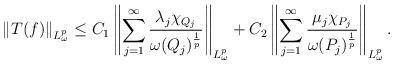
LaTeX: \begin{align*}\left \| T(f) \right \|_{L_{\omega}^{p}}\leq C_{1}\left \|\sum\limits_{j=1}^{\infty}\frac{\lambda_j \chi_{Q_j}}{\omega(Q_j)^{\frac{1}{p}}}\right \|_{L_{\omega}^{p}}+C_{2}\left \|\sum\limits_{j=1}^{\infty}\frac{\mu_j \chi_{P_j}}{\omega(P_j)^{\frac{1}{p}}}\right \|_{L_{\omega}^{p}}.\end{align*}